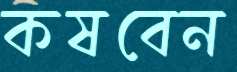
কষবেন